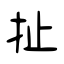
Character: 扯